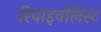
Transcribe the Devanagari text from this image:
रिवाइवलिस्ट